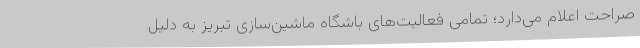
صراحت اعلام می‌دارد؛ تمامی فعالیت‌های باشگاه ماشین‌سازی تبریز به دلیل